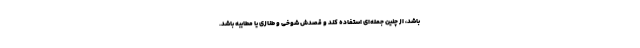
باشد، از چنین جمله‌ای استفاده کند و قصدش شوخی و طنازی یا مطایبه باشد.